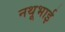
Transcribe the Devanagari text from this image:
नथूभाई